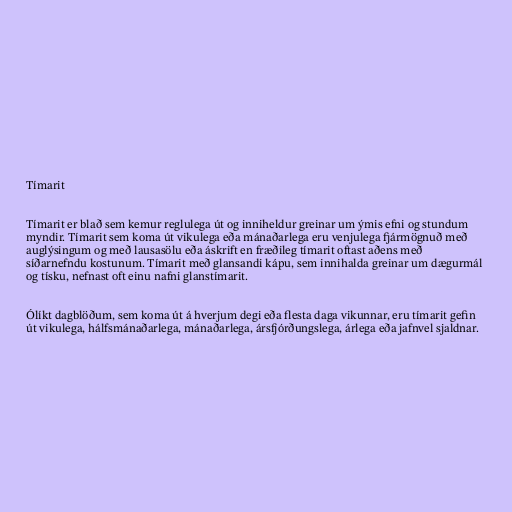
Tímarit

Tímarit er blað sem kemur reglulega út og inniheldur greinar um ýmis efni og stundum
myndir. Tímarit sem koma út vikulega eða mánaðarlega eru venjulega fjármögnuð með
auglýsingum og með lausasölu eða áskrift en fræðileg tímarit oftast aðens með
síðarnefndu kostunum. Tímarit með glansandi kápu, sem innihalda greinar um dægurmál
og tísku, nefnast oft einu nafni glanstímarit.

Ólíkt dagblöðum, sem koma út á hverjum degi eða flesta daga vikunnar, eru tímarit gefin
út vikulega, hálfsmánaðarlega, mánaðarlega, ársfjórðungslega, árlega eða jafnvel sjaldnar.